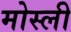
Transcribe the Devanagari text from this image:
मोस्ली